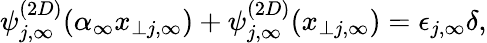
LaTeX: \psi_{j,\infty}^{(2D)}(\alpha_{\infty}x_{\perp j,\infty})+\psi_{j,\infty}^{(2D)}(x_{\perp j,\infty})=\epsilon_{j,\infty}\delta,